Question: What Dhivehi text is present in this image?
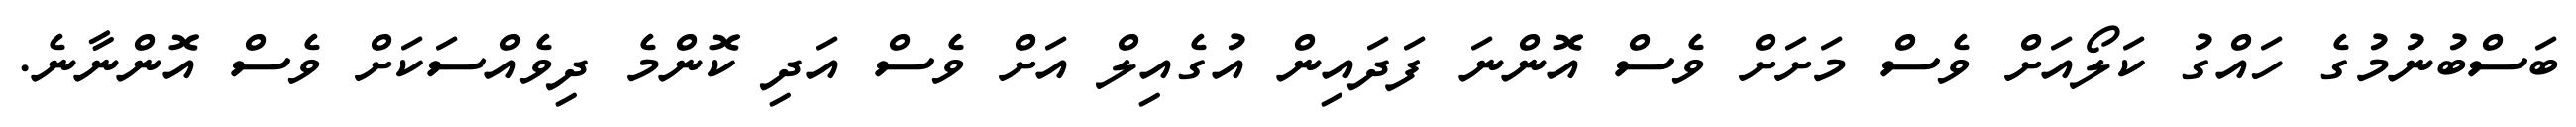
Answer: ބަސްބުނުމުގެ ހައްގު ކަލޯއަށް ވެސް މަށަށް ވެސް އޮންނަ ފަދައިން އުގެއިލް އަށް ވެސް އަދި ކޮންމެ ދިވެއްސަކަށް ވެސް އޮންނާނެ.